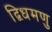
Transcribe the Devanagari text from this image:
द्विधमणु